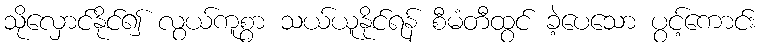
သိုလှောင်နိုင်၍ လွယ်ကူစွာ သယ်ယူနိုင်ရန် စီမံတီထွင် ခဲ့ပေသော ပွင့်ကောင်း